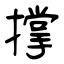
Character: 撑